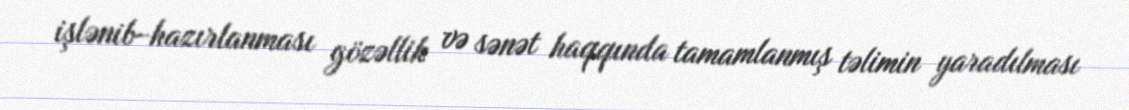
işlənib-hazırlanması gözəllik və sənət haqqında tamamlanmış təlimin yaradılması